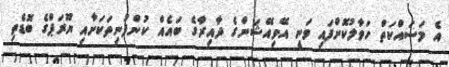
އެ މަސައްކަތް ހަވާލުކޮށްފައި ވަނީ އޭވިއޭޝަންގެ ދާއިރާގެ ބައެއް ކުންފުނިތަކަށާއި ޔޫރަޕްގެ ބޮޑެތި